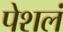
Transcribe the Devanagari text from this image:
पेशलं